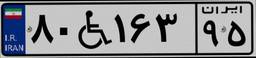
۸۰W۱۶۳۹۵